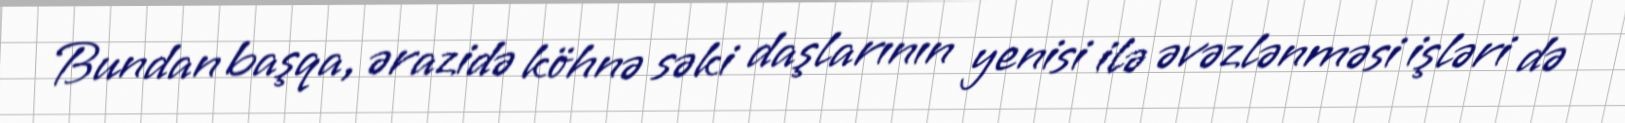
Bundan başqa, ərazidə köhnə səki daşlarının yenisi ilə əvəzlənməsi işləri də